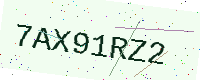
Text: 7AX91RZ2